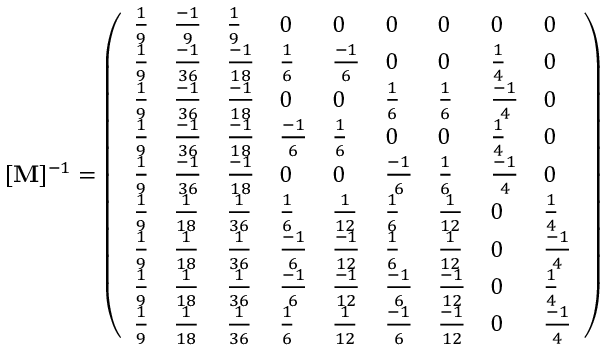
[ \mathbf { M } ] ^ { - 1 } = \left( \begin{array} { l l l l l l l l l } { \frac { 1 } { 9 } } & { \frac { - 1 } { 9 } } & { \frac { 1 } { 9 } } & { 0 } & { 0 } & { 0 } & { 0 } & { 0 } & { 0 } \\ { \frac { 1 } { 9 } } & { \frac { - 1 } { 3 6 } } & { \frac { - 1 } { 1 8 } } & { \frac { 1 } { 6 } } & { \frac { - 1 } { 6 } } & { 0 } & { 0 } & { \frac { 1 } { 4 } } & { 0 } \\ { \frac { 1 } { 9 } } & { \frac { - 1 } { 3 6 } } & { \frac { - 1 } { 1 8 } } & { 0 } & { 0 } & { \frac { 1 } { 6 } } & { \frac { 1 } { 6 } } & { \frac { - 1 } { 4 } } & { 0 } \\ { \frac { 1 } { 9 } } & { \frac { - 1 } { 3 6 } } & { \frac { - 1 } { 1 8 } } & { \frac { - 1 } { 6 } } & { \frac { 1 } { 6 } } & { 0 } & { 0 } & { \frac { 1 } { 4 } } & { 0 } \\ { \frac { 1 } { 9 } } & { \frac { - 1 } { 3 6 } } & { \frac { - 1 } { 1 8 } } & { 0 } & { 0 } & { \frac { - 1 } { 6 } } & { \frac { 1 } { 6 } } & { \frac { - 1 } { 4 } } & { 0 } \\ { \frac { 1 } { 9 } } & { \frac { 1 } { 1 8 } } & { \frac { 1 } { 3 6 } } & { \frac { 1 } { 6 } } & { \frac { 1 } { 1 2 } } & { \frac { 1 } { 6 } } & { \frac { 1 } { 1 2 } } & { 0 } & { \frac { 1 } { 4 } } \\ { \frac { 1 } { 9 } } & { \frac { 1 } { 1 8 } } & { \frac { 1 } { 3 6 } } & { \frac { - 1 } { 6 } } & { \frac { - 1 } { 1 2 } } & { \frac { 1 } { 6 } } & { \frac { 1 } { 1 2 } } & { 0 } & { \frac { - 1 } { 4 } } \\ { \frac { 1 } { 9 } } & { \frac { 1 } { 1 8 } } & { \frac { 1 } { 3 6 } } & { \frac { - 1 } { 6 } } & { \frac { - 1 } { 1 2 } } & { \frac { - 1 } { 6 } } & { \frac { - 1 } { 1 2 } } & { 0 } & { \frac { 1 } { 4 } } \\ { \frac { 1 } { 9 } } & { \frac { 1 } { 1 8 } } & { \frac { 1 } { 3 6 } } & { \frac { 1 } { 6 } } & { \frac { 1 } { 1 2 } } & { \frac { - 1 } { 6 } } & { \frac { - 1 } { 1 2 } } & { 0 } & { \frac { - 1 } { 4 } } \end{array} \right)